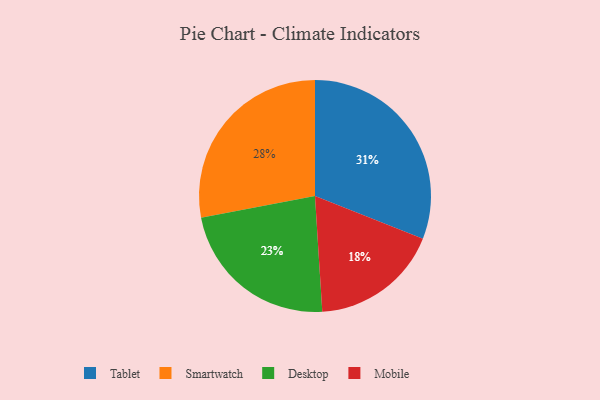
{"axis": {"x": "Category", "y": "Percentage"}, "legend": ["Desktop", "Mobile", "Smartwatch", "Tablet"], "data": [{"x": "Tablet", "y": 31, "type": "Tablet"}, {"x": "Desktop", "y": 23, "type": "Desktop"}, {"x": "Mobile", "y": 18, "type": "Mobile"}, {"x": "Smartwatch", "y": 28, "type": "Smartwatch"}]}